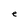
Character: e